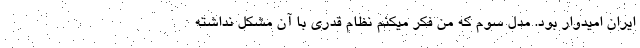
ایران امیدوار بود. مدل سوم که من فکر میکنم نظام قدری با آن مشکل نداشته